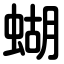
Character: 蝴